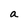
Character: a